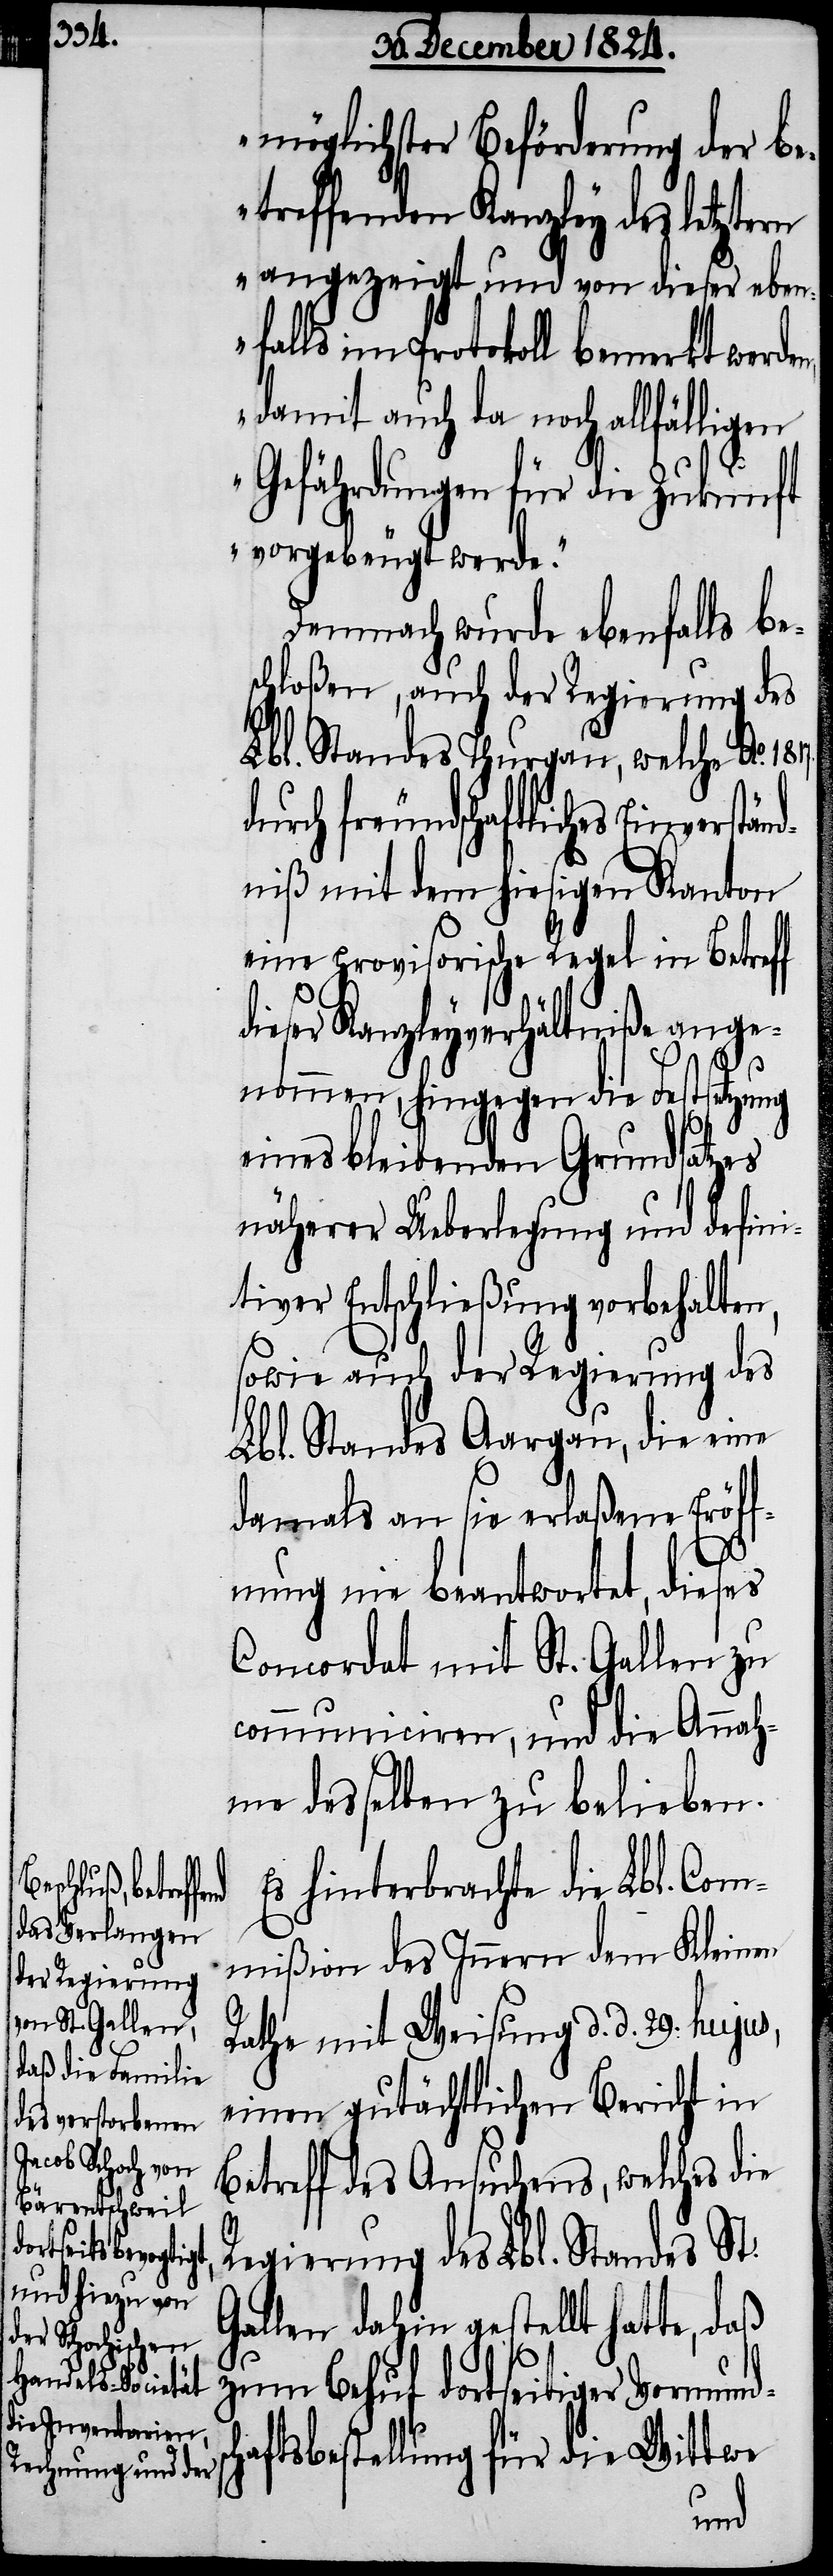
möglichster Beförderung der be¬
treffenden Kanzley des letztern
angezeigt und von dieser eben¬
falls im Protokoll bemerkt werde¬
n, damit auch da noch allfälligen
Gefährdungen für die Zukunft
vorgebeugt werde.“
Demnach wurde ebenfalls be¬
schloßen, auch der Regierung des
Lbl. Standes Thurgau, welche Ao.
freundschaftliches Einverstän¬
dniß mit dem hiesigen Kanton
eine provisorische Regel in Betreff
dieser Kanzleyverhältniße ange¬
nommen, hingegen die Festsetzung
eines bleibenden Grundsatzes
näherer Überlegung und defini¬
tiver Entschließung vorbehalten,
sowie auch der Regierung des
Lbl. Standes Aargau, die eine
damals an sie erlaßene Eröff¬
nung nie beantwortet, dieses
Concordat mit St. Gallen zu
communiciren, und die Annah¬
me desselben zu belieben.
Es hinterbrachte die Lbl. Com¬
mißion des Innern dem Kleinen
Rathe mit Weisung d. d. 29. hujus,
einen gutächtlichen Bericht in
Betreff des Ansuchens, welches die
Regierung des Lbl. Standes St.
Gallen dahin gestellt hatte, daß
zum Behuf dortseitiger Vormunds¬
chaftsbestellung für die Wittwe